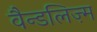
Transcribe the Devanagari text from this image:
वैन्डलिज़्म